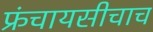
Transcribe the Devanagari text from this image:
फ्रंचायसीचाच